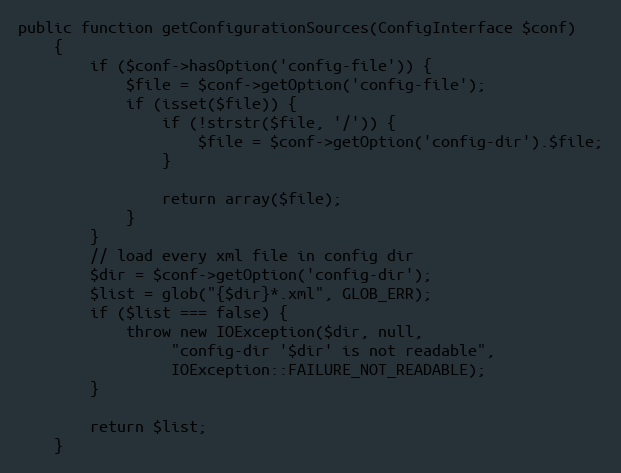
Language: PHP
public function getConfigurationSources(ConfigInterface $conf)
    {
        if ($conf->hasOption('config-file')) {
            $file = $conf->getOption('config-file');
            if (isset($file)) {
                if (!strstr($file, '/')) {
                    $file = $conf->getOption('config-dir').$file;
                }

                return array($file);
            }
        }
        // load every xml file in config dir
        $dir = $conf->getOption('config-dir');
        $list = glob("{$dir}*.xml", GLOB_ERR);
        if ($list === false) {
            throw new IOException($dir, null,
                 "config-dir '$dir' is not readable",
                 IOException::FAILURE_NOT_READABLE);
        }

        return $list;
    }